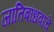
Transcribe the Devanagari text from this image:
जातिबांधवांचे